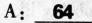
A:\underline{64}